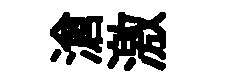
滄激